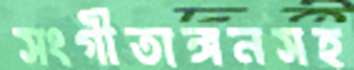
সংগীতাঙ্গনসহ